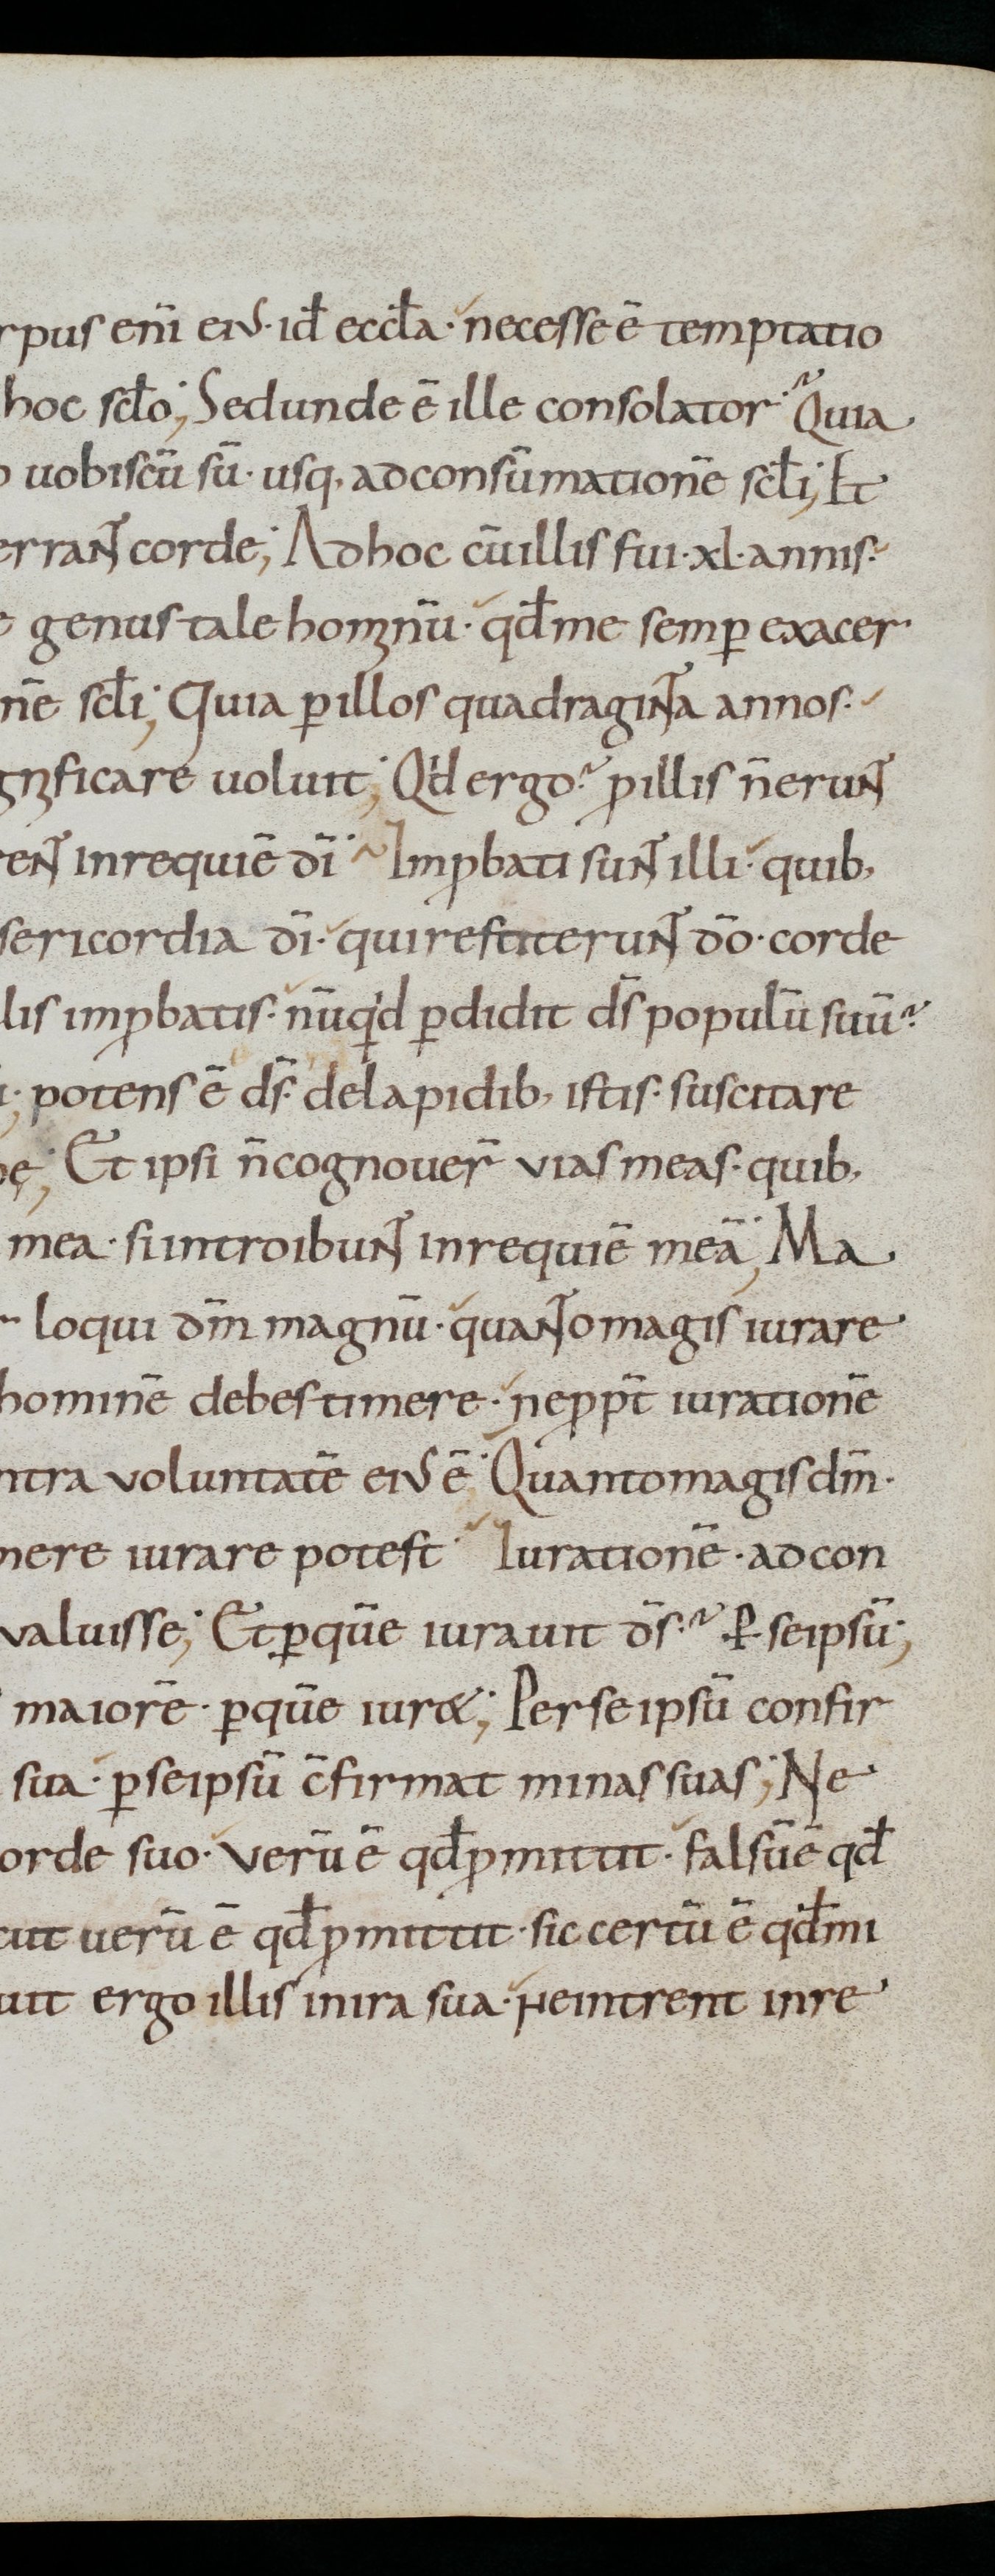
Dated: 800–899